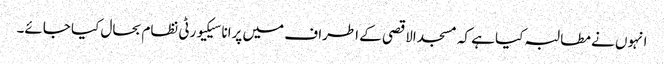
انہوں نے مطالبہ کیا ہے کہ مسجد الاقصی کے اطراف میں پرانا سیکیورٹی نظام بحال کیا جائے۔